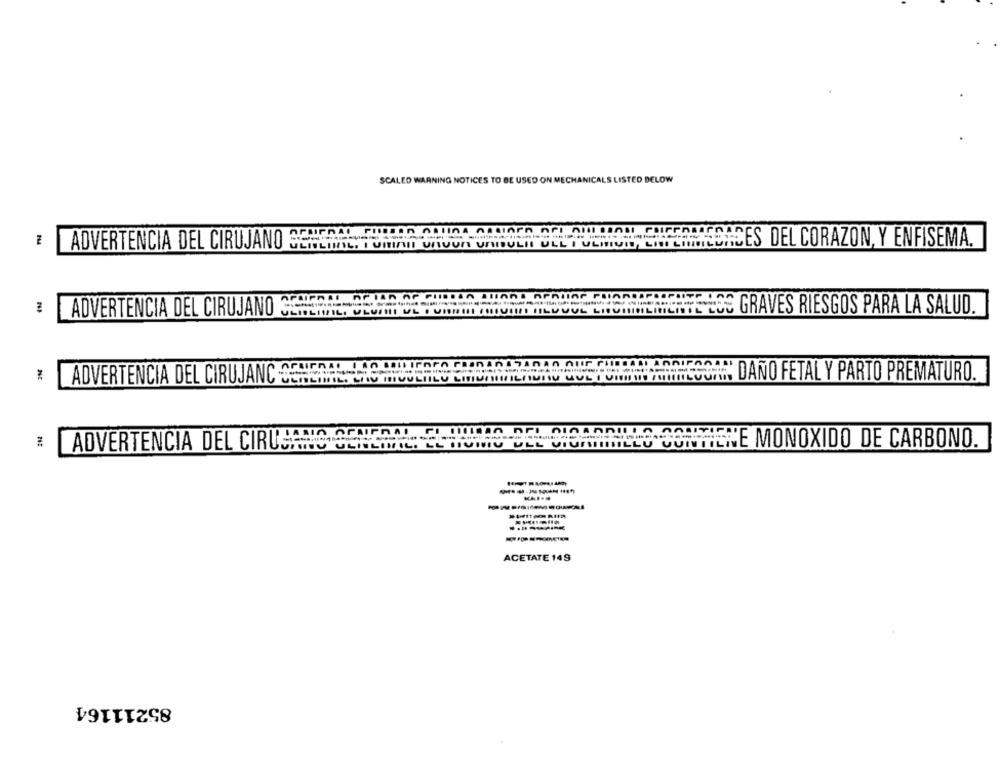
SCALED WARNING NOTICES TO BE USED ON MECHANICALS LISTED BELOW
ADVERTENCIA DEL CIRUJANO ACIERAL FIELAS ALINA AAMIATA ARI AULAROLL CHICCOSOARES DEL CORAZON, Y ENFISEMA.
GRAVES RIESGOS PARA LA SALUD.
ADVERTENCIA DEL CIRUJANO
LOCANTOHLOU DAÑO FETAL Y PARTO PREMATURO.
ADVERTENCIA DEL CIRUJANO CONCINIL. LIV MIUULIILY LITIUMIMIL
ADVERTENCIA DEL CIRILLA2224 256 9 2645RUA6.225
STRU GLILITIL. LE QUIIN ULL VIUNIIBILLU CURTIL
VE MONOXIDO DE CARBONO.
ACETATE 149
85211164